Annual vaccination report of Bihar and Orissa - 1911-1928
Year: 1911
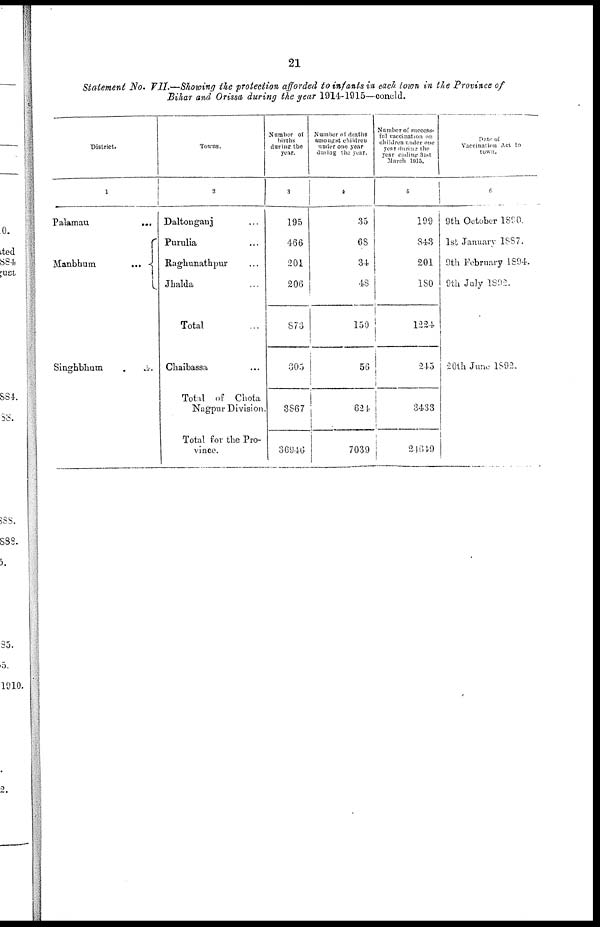
21
Statement No. VII.—Showing the protection afforded to infants in each town in the Province of
Bihar and Orissa during the year 1914-1915—concld.
District.
1
Palamau
...
Manbhum
...
Singhbhum ...
Towns.
2
Daltonganj ...
Purulia ...
Raghunathpur ...
Jhalda ...
Total ...
Chaibassa ...
Total of Chota
Nagpur Division.
Total for the Pro-
vince.
Number of
births
during the
year.
3
195
466
201
206
873
305
3867
36946
Number of deaths
amongst children
under one year
during the your.
4
35
68
34
48
150
56
624
7039
Number of success¬
ful vaccination on
children under one
year during the
year ending 31st
March 1915.
5
199
843
201
180
1224
245
3433
24649
Date of
Vaccination Act to
town.
6
9th October 1890.
1st January 1887.
9th February 1894.
9th July 1892.
20th June 1892.